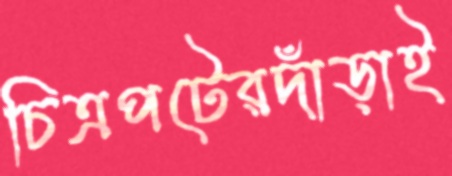
চিত্রপটেরদাঁড়াই